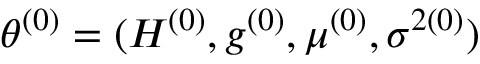
\theta ^ { ( 0 ) } = ( H ^ { ( 0 ) } , g ^ { ( 0 ) } , \mu ^ { ( 0 ) } , \sigma ^ { 2 ( 0 ) } )